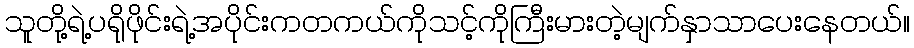
သူတို့ရဲ့ပရိုဖိုင်းရဲ့အပိုင်းကတကယ်ကိုသင့်ကိုကြီးမားတဲ့မျက်နှာသာပေးနေတယ်။